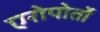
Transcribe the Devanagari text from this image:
एरोपोर्तो